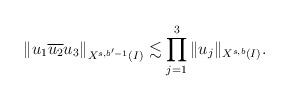
LaTeX: \begin{align*}\left\| u_1 \overline{u_2} u_{3} \right\|_{X^{s,b'-1}(I)} \lesssim \prod_{j=1}^{3} \|u_j\|_{X^{s,b}(I)} .\end{align*}